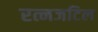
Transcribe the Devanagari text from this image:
रत्नजटिल